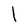
Character: l